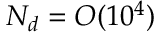
N _ { d } = O ( 1 0 ^ { 4 } )